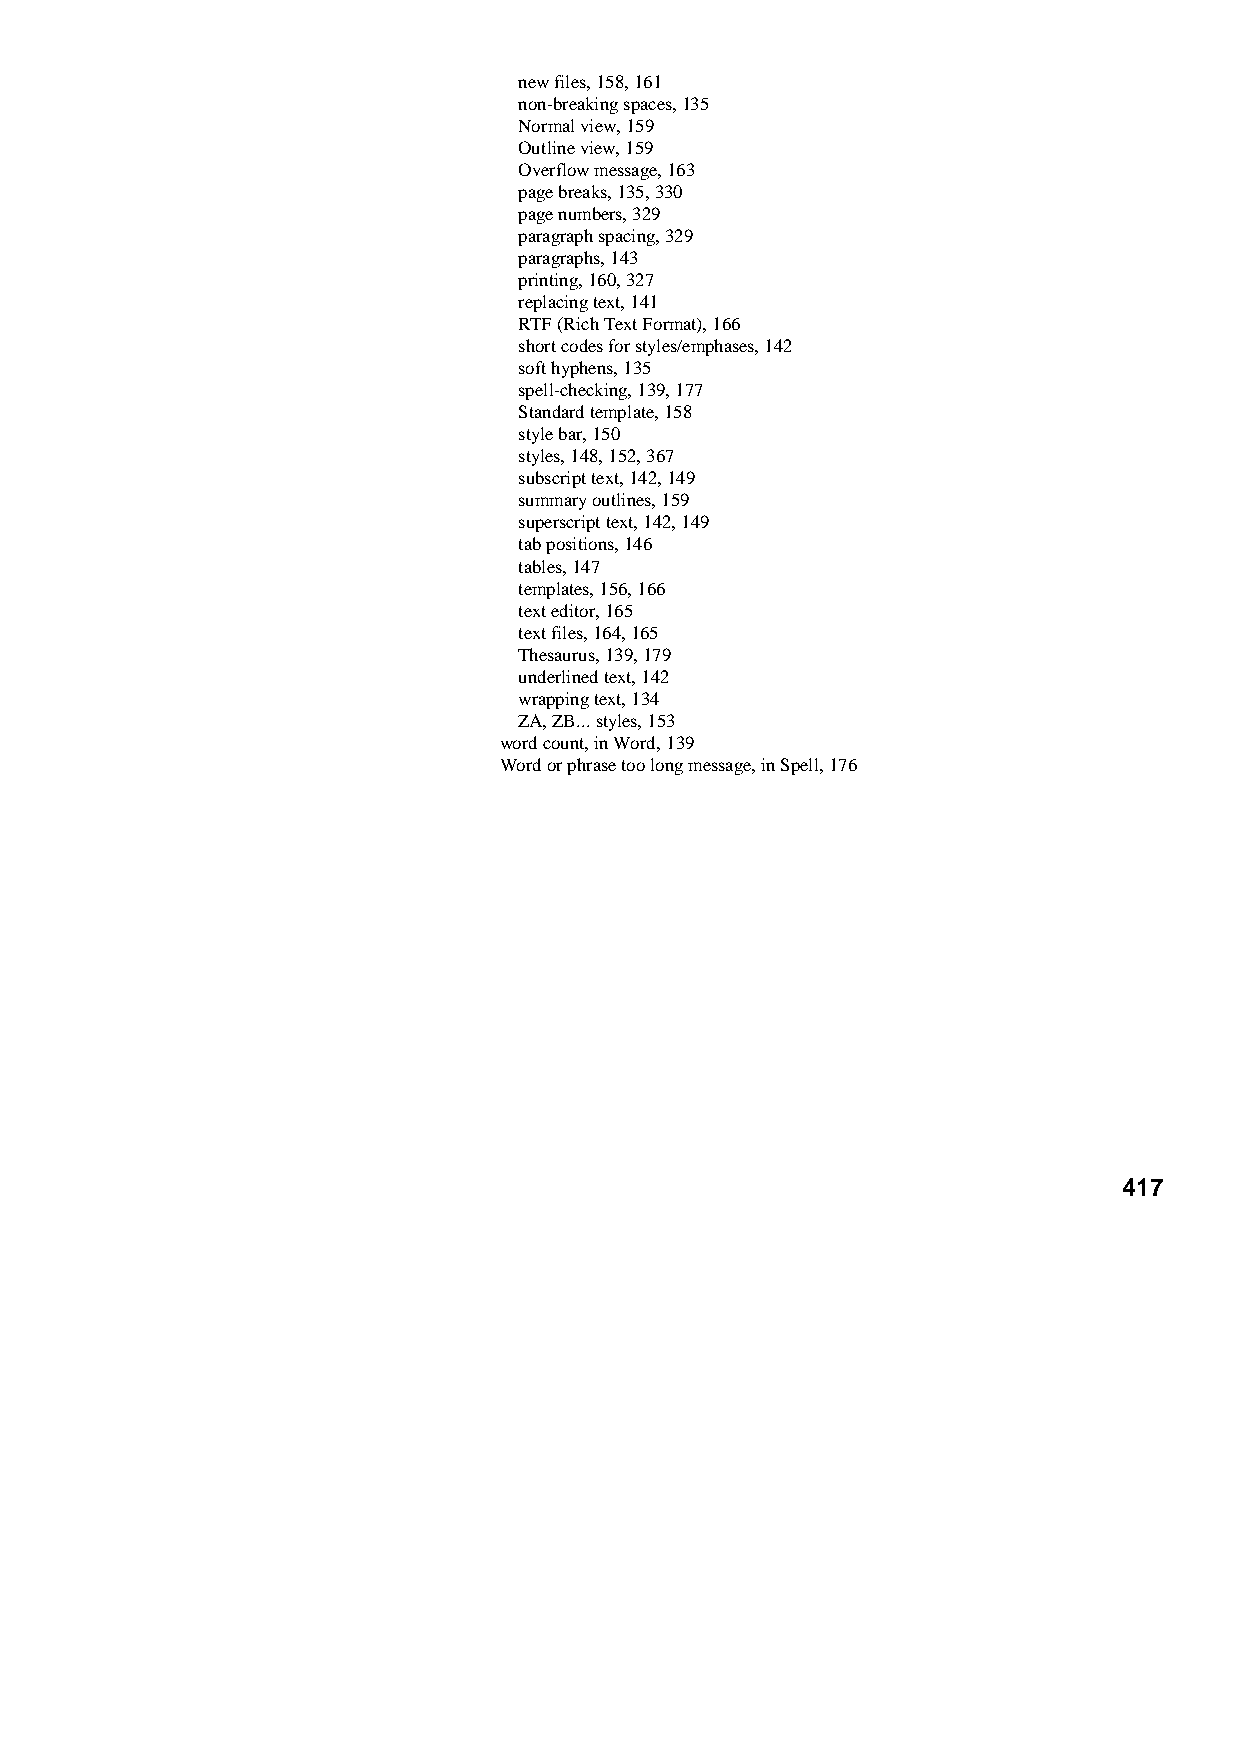
new files, 158, 161
 non-breaking spaces, 135
 Normal view, 159
 Outline view, 159
 Overflow message, 163
 page breaks, 135, 330
 page numbers, 329
 paragraph spacing, 329
 paragraphs, 143
 printing, 160, 327
 replacing text, 141
 RTF (Rich Text Format), 166
 short codes for styles/emphases, 142
 soft hyphens, 135
 spell-checking, 139, 177
 Standard template, 158
 style bar, 150
 styles, 148, 152, 367
 subscript text, 142, 149
 summary outlines, 159
 superscript text, 142, 149
 tab positions, 146
 tables, 147
 templates, 156, 166
 text editor, 165
 text files, 164, 165
 Thesaurus, 139, 179
 underlined text, 142
 wrapping text, 134
 ZA, ZB... styles, 153
 word count, in Word, 139
 Word or phrase too long message, in Spell, 176
 417